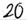
Text: 20